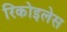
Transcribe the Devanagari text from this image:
रिकोइलेस